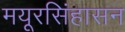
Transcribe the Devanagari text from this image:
मयूरसिंहासन